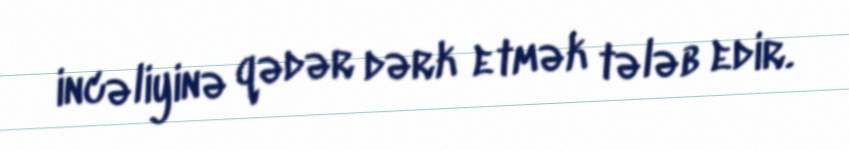
incəliyinə qədər dərk etmək tələb edir.